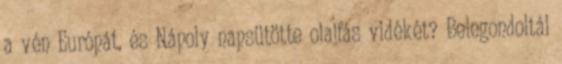
a vén Európát, és Nápoly napsütötte olajfás vidékét? Belegondoltál